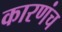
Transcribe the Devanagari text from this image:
कारणंच